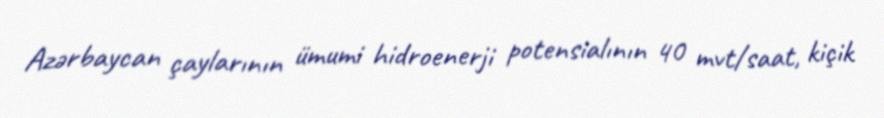
Azərbaycan çaylarının ümumi hidroenerji potensialının 40 mvt/saat, kiçik